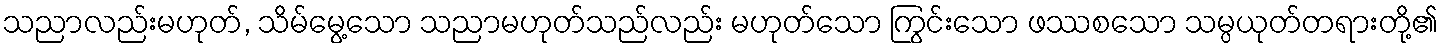
သညာလည်းမဟုတ်, သိမ်မွေ့သော သညာမဟုတ်သည်လည်း မဟုတ်သော ကြွင်းသော ဖဿစသော သမ္ပယုတ်တရားတို့၏